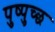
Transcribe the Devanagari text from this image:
पुष्पुच्छ